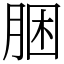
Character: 㬷